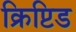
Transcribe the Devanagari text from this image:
क्रिप्टिड